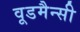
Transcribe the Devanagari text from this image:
वूडमैन्सी